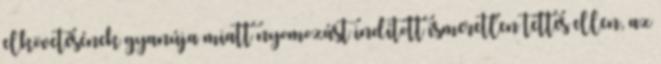
elkövetésének gyanúja miatt nyomozást indított ismeretlen tettes ellen, az